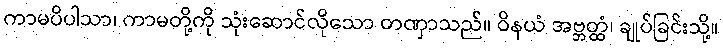
ကာမပိပါသာ၊ ကာမတို့ကို သုံးဆောင်လိုသော တဏှာသည်။ ဝိနယံ အဗ္ဘတ္ထံ၊ ချုပ်ခြင်းသို့။